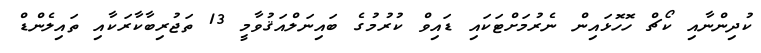
ކުދިންނާއި ކޯޗް ހޮހޮޅައިން ނެރުމަށްޓަކައި ޑައިވް ކުރުމުގެ ބައިނަލްއަޤުވާމީ 13 ތަޖުރިބާކާރަކާއި ތައިލެންޑް